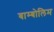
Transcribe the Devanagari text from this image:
बाम्बोलिम